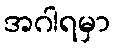
အဂါရမှာ